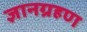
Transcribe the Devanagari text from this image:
ज्ञानग्रहण